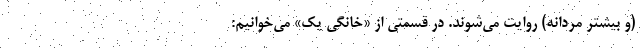
(و بیشتر مردانه) روایت می‌شوند. در قسمتی از «خانگی یک» می‌خوانیم: